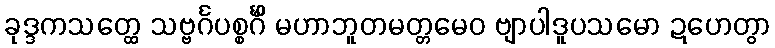
ခုဒ္ဒကသတ္ထေ သဗ္ဗင်္ဂပစ္စင်္ဂိံ မဟာဘူတမတ္တမေဝ ဗျာပါဒူပသမော ဍဟေတွာ